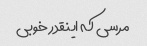
مرسی که اینقدر خوبی